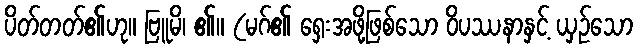
ပိတ်တတ်၏ဟု။ ဗြူမိ၊ ၏။ (မဂ်၏ ရှေးအဖို့ဖြစ်သော ဝိပဿနာနှင့် ယှဉ်သော